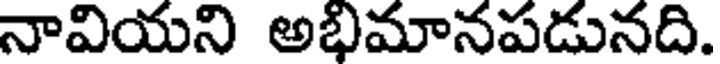
నావియని అభిమానపడునది.